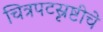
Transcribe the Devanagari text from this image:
चित्रपटस्रृष्टीचे